Annual report of the Bengal Veterinary College and of the Civil Veterinary Department, Bengal, for the year 1908-1909 - 1908-1909
Year: 1908
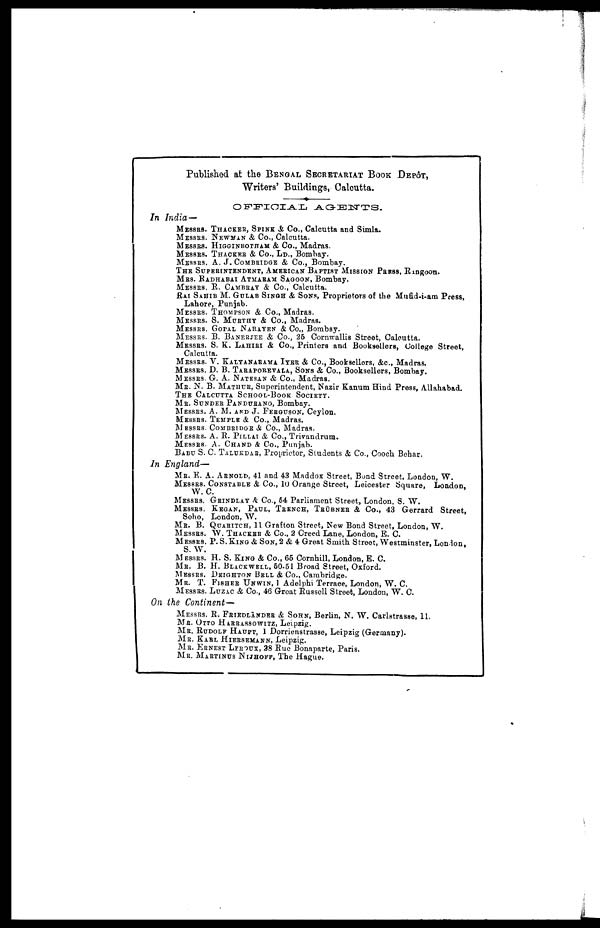
Published at the BENGAL SECRETARIAT BOOK DEPÔT,
Writers' Buildings, Calcutta.
OFFICIAL
AGENTS.
In India—
MESSRS. THACKER, SPINK & Co., Calcutta and Simla.
MESSRS. NEWMAN & Co., Calcutta.
MESSRS. HIGGINBOTHAM & Co., Madras.
MESSRS. THACKER & Co., LD., Bombay.
MESSRS. A. J. COMBRIDGE & Co., Bombay.
THE SUPERINTENDENT, AMERICAN BAPTIST MISSION PRESS, Rangoon.
MRS. RADHABAI ATMARAM SAGOON, Bombay.
MESSRS. R. CAMBRAY & Co., Calcutta.
RAI SAHIB M. GULAB SINGH & SONS, Proprietors of the Mufid-i-am Press,
Lahore, Punjab.
MESSRS. THOMPSON & Co., Madras.
MESSRS. S. MURTHY & Co., Madras.
MESSRS. GOPAL NARAYEN & Co., Bombay.
MESSRS. B. BANERJEE & Co., 25 Cornwallis Street, Calcutta.
MESSRS. S. K. LAHIRI & Co., Printers and Booksellers, College Street,
Calcutta.
MESSRS. V. KALYANARAMA IYER & Co., Booksellers, &c, Madras.
MESSRS. D. B. TARAPOREVALA, SONS & Co., Booksellers, Bombay.
MESSRS. G. A. NATESAN & Co., Madras.
MR. N. B. MATHUR, Superintendent, Nazir Kanum Hind Press, Allahabad.
THE CALCUTTA SCHOOL-BOOK SOCIETY.
MR. SUNDER PANDURANG, Bombay.
MESSRS. A. M. AND J. FERGUSON, Ceylon.
MESSRS. TEMPLE & Co., Madras.
MESSRS. COMBRIDGE & Co., Madras.
MESSRS. A. B. PILLAI & Co., Trivandrum.
MESSRS. A. CHAND & Co., Punjab.
BABU S. C. TALUKDAR, Proprietor, Students & Co., Cooch Behar.
In England—
MR. E. A. ARNOLD, 41 and 43 Maddox Street, Bond Street, London, W.
MESSES. CONSTABLE & Co., 10 Orange Street, Leicester Square, London,
W. C.
MESSRS. GRINDLAY & Co., 54 Parliament Street, London, S. W.
MESSRS. KEGAN, PAUL, TRENCH, TRÜBNER & Co., 43 Gerrard
Street,
Soho, London, W.
ME. B. QUARITCH, 11 Grafton Street, New Bond Street, London, W.
MESSRS. W. THACKER & Co., 2 Creed Lane, London, E. C.
MESSES. P. S. KING & SON, 2 & 4 Great Smith Street, Westminster, London,
S. W.
MESSRS. H. S. KING & Co., 65 Cornhill, London, E. C.
ME. B. H. BLACKWELL, 50.51 Broad Street, Oxford.
MESSRS. DEIGHTON BELL & Co., Cambridge.
MR. T. FISHER UNWIN, 1 Adelphi Terrace, London, W. C.
MESSRS. LUZAC & Co., 46 Great Russell Street, London, W. C.
On the Continent—
MESSRS. R. FRIEDLÄNDER & SOHN, Berlin, N. W. Carlstrasse, 11.
MR. OTTO HARRASSOWITZ, Leipzig.
MR. RUDOLF HAUPT, 1 Dorrienstrasse, Leipzig (Germany).
MR. KARL HIERSEMANN, Leipzig.
MR. ERNEST LEROUX, 28 Rue Bonaparte, Paris.
MR. MARTINUS NIJHOFF, The Hague.